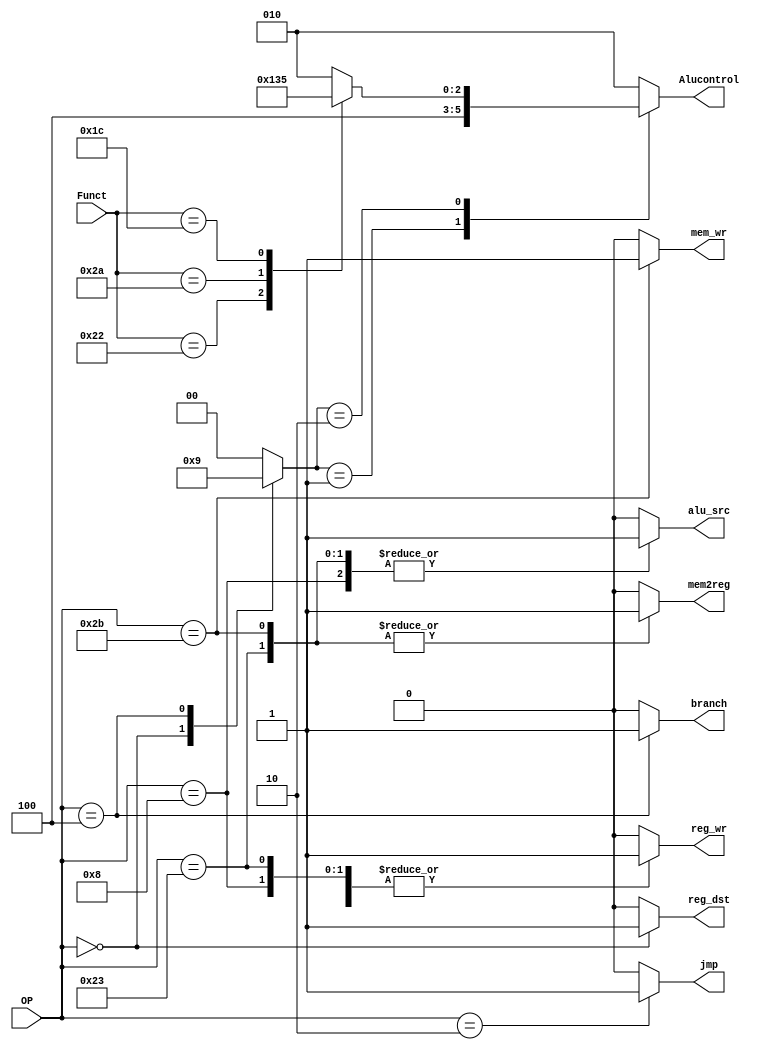
module Control_unit #(parameter Width=6)(
input wire [Width-1:0] OP,Funct,
output reg  mem2reg,mem_wr,branch,alu_src,reg_dst,reg_wr,jmp,
output reg [2:0] Alucontrol
);

reg [1:0] Aluop;
always @(*) begin
    case(OP)

6'b100011 : begin
        jmp=1'b0; 
        Aluop=2'b00;
        mem_wr=1'b0;
        reg_wr=1'b1;
        reg_dst=1'b0;
        alu_src=1'b1;
        mem2reg=1'b1;
        branch=1'b0;
             end

6'b101011 : begin
        jmp=1'b0; 
        Aluop=2'b00;
        mem_wr=1'b1;
        reg_wr=1'b0;
        reg_dst=1'b0;
        alu_src=1'b1;
        mem2reg=1'b1;
        branch=1'b0; 
end
6'b000000 : begin
        jmp=1'b0; 
        Aluop=2'b10;
        mem_wr=1'b0;
        reg_wr=1'b1;
        reg_dst=1'b1;
        alu_src=1'b0;
        mem2reg=1'b0;
        branch=1'b0; 
end
6'b001000 : begin
        jmp=1'b0; 
        Aluop=2'b00;
        mem_wr=1'b0;
        reg_wr=1'b1;
        reg_dst=1'b0;
        alu_src=1'b1;
        mem2reg=1'b0;
        branch=1'b0; 
end
6'b000100 : begin
        jmp=1'b0; 
        Aluop=2'b01;
        mem_wr=1'b0;
        reg_wr=1'b0;
        reg_dst=1'b0;
        alu_src=1'b0;
        mem2reg=1'b0;
        branch=1'b1; 
    end
6'b000010 : begin
        jmp=1'b1; 
        Aluop=2'b00;
        mem_wr=1'b0;
        reg_wr=1'b0;
        reg_dst=1'b0;
        alu_src=1'b0;
        mem2reg=1'b0;
        branch=1'b0; 

    end
default : begin
        jmp=1'b0; 
        Aluop=2'b00;
        mem_wr=1'b0;
        reg_wr=1'b0;
        reg_dst=1'b0;
        alu_src=1'b0;
        mem2reg=1'b0;
        branch=1'b0; 
end
    endcase
end

always @(*) begin
    case(Aluop)
    2'b00: begin
            Alucontrol=3'b010; 
           end
    2'b01: begin
            Alucontrol=3'b100;
           end
    2'b10: begin
            case(Funct)
//where're AND & OR funct control signal
            6'b10_0000: Alucontrol=3'b010;
            6'b10_0010: Alucontrol=3'b100;
            6'b10_1010: Alucontrol=3'b110;
            6'b01_1100: Alucontrol=3'b101;

            default: Alucontrol=3'b010;
            endcase
           end

    default: Alucontrol=3'b010;

    endcase
    
end

endmodule